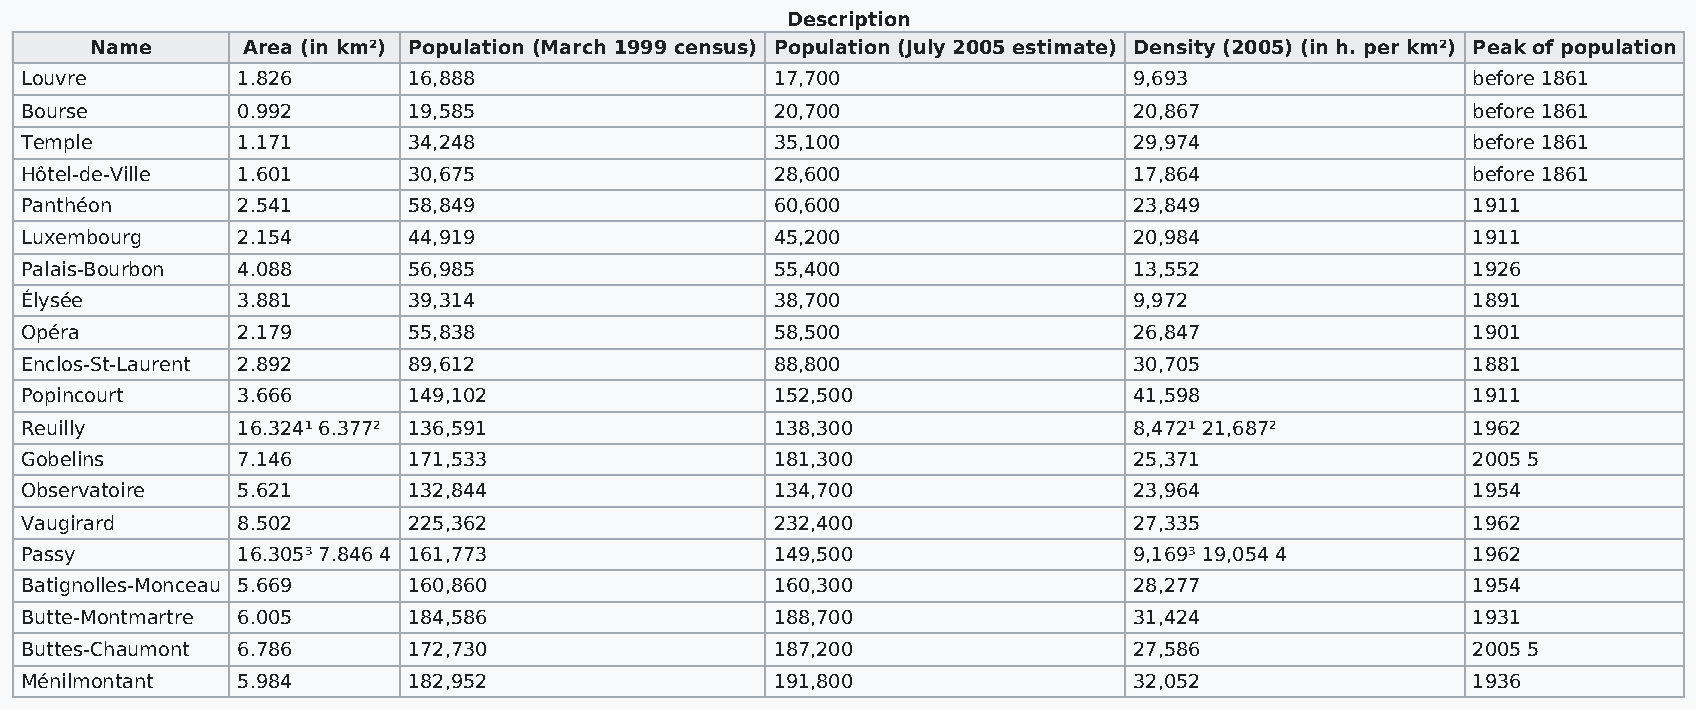
Description
 Name      Area (in km²) Population (March 1999 census) Population (July 2005 estimate) Density (2005) (in h. per km²) Peak of population
 Louvre         1.826      16,888                  17,700                  9,693                 before 1861
 Bourse         0.992      19,585                  20,700                  20,867                before 1861
 Temple         1.171      34,248                  35,100                  29,974                before 1861
 Hôtel-de-Ville 1.601      30,675                  28,600                  17,864                before 1861
 Panthéon       2.541      58,849                  60,600                  23,849                1911
 Luxembourg     2.154      44,919                  45,200                  20,984                1911
 Palais-Bourbon 4.088      56,985                  55,400                  13,552                1926
 Élysée         3.881      39,314                  38,700                  9,972                 1891
 Opéra          2.179      55,838                  58,500                  26,847                1901
 Enclos-St-Laurent 2.892   89,612                  88,800                  30,705                1881
 Popincourt     3.666      149,102                 152,500                 41,598                1911
 Reuilly        16.324¹ 6.377² 136,591             138,300                 8,472¹ 21,687²        1962
 Gobelins       7.146      171,533                 181,300                 25,371                2005 5
 Observatoire   5.621      132,844                 134,700                 23,964                1954
 Vaugirard      8.502      225,362                 232,400                 27,335                1962
 Passy          16.305³ 7.846 4 161,773            149,500                 9,169³ 19,054 4       1962
 Batignolles-Monceau 5.669 160,860                 160,300                 28,277                1954
 Butte-Montmartre 6.005    184,586                 188,700                 31,424                1931
 Buttes-Chaumont 6.786     172,730                 187,200                 27,586                2005 5
 Ménilmontant   5.984      182,952                 191,800                 32,052                1936